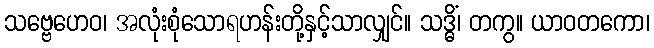
သဗ္ဗေဟေဝ၊ အလုံးစုံသောရဟန်းတို့နှင့်သာလျှင်။ သဒ္ဓိံ၊ တကွ။ ယာဝတကော၊